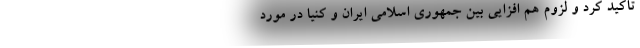
تاکید کرد و لزوم هم افزایی بین جمهوری اسلامی ایران و کنیا در مورد